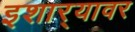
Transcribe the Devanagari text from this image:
इशार्‍यावर